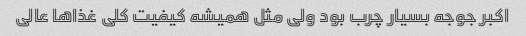
اکبر جوجه بسیار چرب بود ولی مثل همیشه کیفیت کلی غذاها عالی